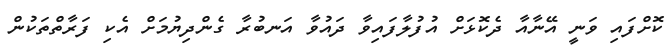
ކޮށްފައި ވަނީ އޭނާއާ ދެކޮޅަށް އުފުލާފައިވާ ދައުވާ އަނބުރާ ގެންދިޔުމަށް އެކި ފަރާތްތަކުން